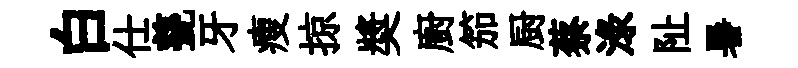
白仕甆牙瘦掠奬廚笳厨蔡渌阯暑